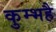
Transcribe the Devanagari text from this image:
कुम्भहै